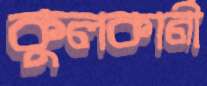
কুলকার্নী